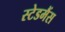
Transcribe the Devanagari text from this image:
स्टेडमैंस